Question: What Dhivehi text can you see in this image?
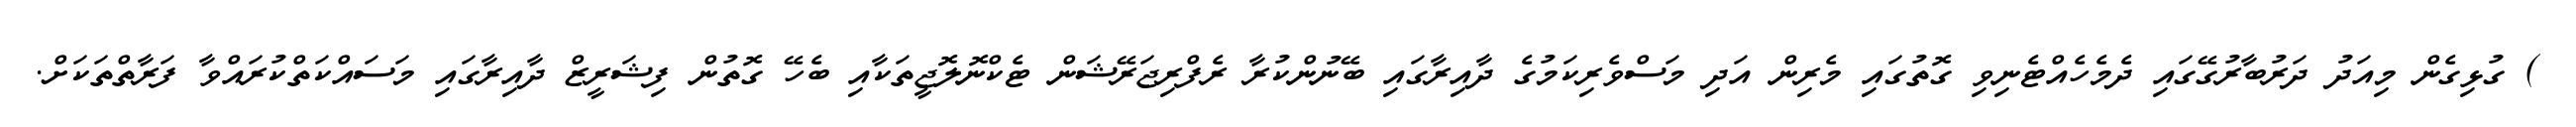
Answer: ) ގުޅިގެން މިއަދު ދަރުބާރުގޭގައި ދެމެހެއްޓެނިވި ގޮތުގައި މެރިން އަދި މަސްވެރިކަމުގެ ދާއިރާގައި ބޭނުންކުރާ ރެފްރިޖަރޭޝަން ޓެކްނޮލޮޖީތަކާއި ބެހޭ ގޮތުން ފިޝަރީޒް ދާއިރާގައި މަސައްކަތްކުރައްވާ ފަރާތްތަކަށް.